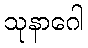
သုနာဂေါ